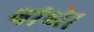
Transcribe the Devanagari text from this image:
बांधे।